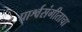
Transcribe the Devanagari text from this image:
पार्श्वसंगीताचा